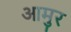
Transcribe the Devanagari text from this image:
आमुर